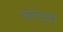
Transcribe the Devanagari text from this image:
त्यांतूनही